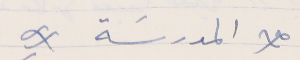
* المدرسة *